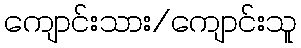
ကျောင်းသား/ကျောင်းသူ